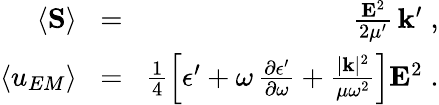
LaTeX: \begin{array}{rlr}{\left\langle{\mathbf{S}}\right\rangle\! }&{=}&{\! \frac{{\mathbf{E}}^{2}}{2\mu^{\prime}}\, {\mathbf k}^{\prime}\; ,}\\ {\left\langle u_{EM}\right\rangle\! }&{=}&{\! \frac{1}{4}\left[\epsilon^{\prime}+\omega\, \frac{\partial\epsilon^{\prime}}{\partial\omega}+\frac{|{\mathbf{k}}|^{2}}{\mu\omega^{2}}\right]{\mathbf{E}}^{2}\; .}\end{array}